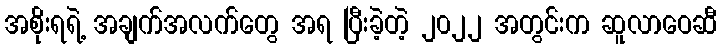
အစိုးရရဲ့ အချက်အလက်တွေ အရ ပြီးခဲ့တဲ့ ၂၀၂၂ အတွင်းက ဆူလာဝေဆီ